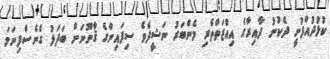
ކުޅުދުއްފުށީ ދެކުނު ދާއިރާގެ އިއްޒަތްތެރި މެންބަރު ނަޝީދެވެ ސިފައިންގެ ޤާނޫނަށް ބަދަލު ގެނެސްފިނަމަ